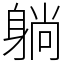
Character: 躺